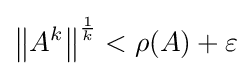
\left\|A^{k}\right\|^{\frac {1}{k}}<\rho (A)+\varepsilon